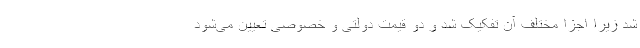
شد زیرا اجزا مختلف آن تفکیک شد و دو قیمت دولتی و خصوصی تعیین می‌شود